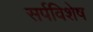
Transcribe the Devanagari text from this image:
सर्पविशेष